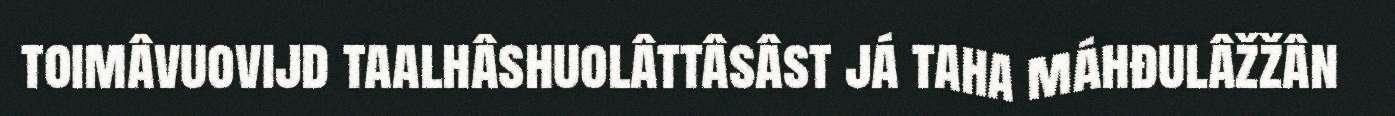
toimâvuovijd taalhâshuolâttâsâst já taha máhđulâžžân